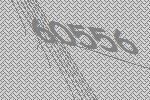
60556